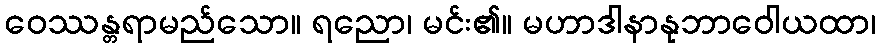
ဝေဿန္တရာမည်သော။ ရညော၊ မင်း၏။ မဟာဒါနာနုဘာဝေါယထာ၊